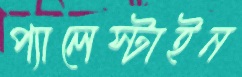
প্যালেস্টাইন